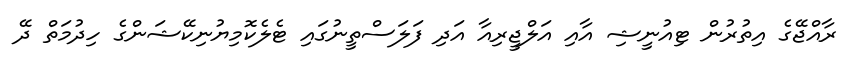
ރާއްޖޭގެ އިތުރުން ޓިއުނީޝި އާއި އަލްޖީރިއާ އަދި ފަލަސްތީނުގައި ޓެލެކޮމިޔުނިކޭޝަންގެ ހިދުމަތް ދޭ